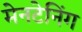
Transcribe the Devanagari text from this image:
मेनटेनिंग